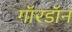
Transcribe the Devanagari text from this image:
गॉरडॉन